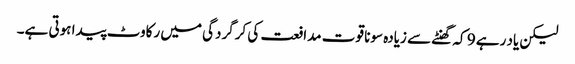
لیکن یاد رہے 9 کہ گھنٹے سے زیادہ سونا قوت مدافعت کی کرگردگی میں رکاوٹ پیدا ہوتی ہے۔